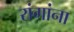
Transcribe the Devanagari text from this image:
रांगांना